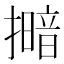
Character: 𢶹